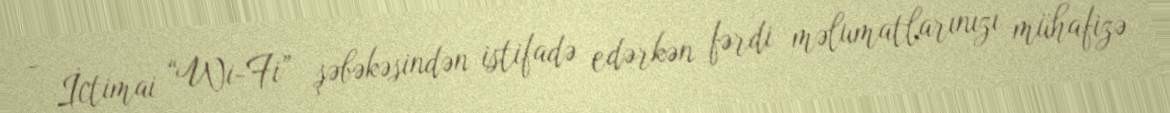
- İctimai “Wi-Fi” şəbəkəsindən istifadə edərkən fərdi məlumatlarınızı mühafizə